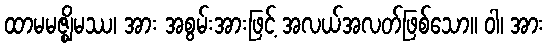
ထာမမဇ္ဈိမဿ၊ အား အစွမ်းအားဖြင့် အလယ်အလတ်ဖြစ်သော။ ဝါ၊ အား